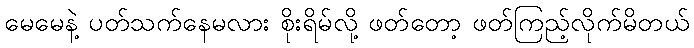
မေမေနဲ့ ပတ်သက်နေမလား စိုးရိမ်လို့ ဖတ်တော့ ဖတ်ကြည့်လိုက်မိတယ်